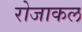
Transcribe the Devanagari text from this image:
रोजाकल